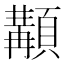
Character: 顜